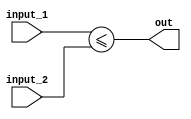
module less_than_or_equal_to_comparator (
    input wire [31:0] input_1,
    input wire [31:0] input_2,
    output wire out
);

assign out = (input_1 <= input_2);

endmodule